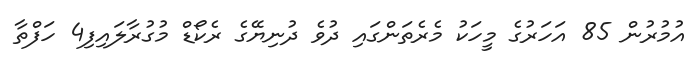
އުމުރުން 85 އަހަރުގެ މީހަކު މެރެތަންގައި ދުވެ ދުނިޔޭގެ ރެކޯޑް މުގުރާލައިފި4 ހަފްތާ